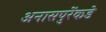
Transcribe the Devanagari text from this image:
अनासपुरेंकडे